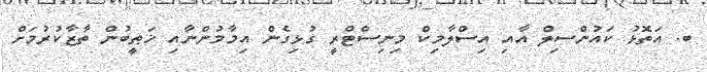
ބ. އަތޮޅު ކައުންސިލް އާއި އިސްލާމިކް މިނިސްޓްރީ ގުޅިގެން އިމާމުންނާއި ޚަޠީބުން ތާޒާކުރުމަށް